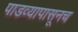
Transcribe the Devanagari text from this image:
पाडव्यापासूनच